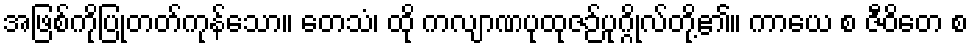
အဖြစ်ကိုပြုတတ်ကုန်သော။ တေသံ၊ ထို ကလျာဏပုထုဇဉ်ပုဂ္ဂိုလ်တို့၏။ ကာယေ စ ဇီဝိတေ စ